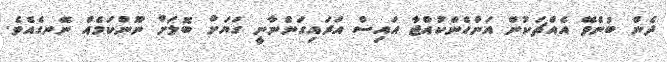
ދެން ބުނެވޭ އެއްޗަކުން އަންހެންކުއްޖާ އައިސް އަރައިގަންނާނީ ގަޔަށް ބޮލަށް ނޫންކަމެއް ނޭނގެއެވެ.